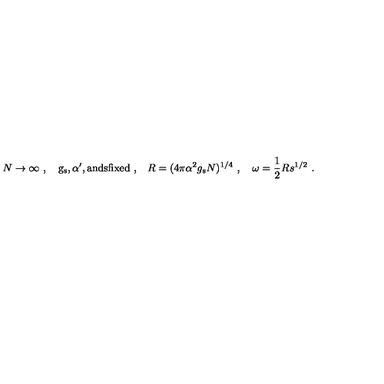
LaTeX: N \to \infty \ , \quad \mathrm { g _ \mathrm { s } , \alpha ' , a n d s f i x e d \ , } \quad R = ( 4 \pi \alpha ^ { 2 } g _ { \mathrm { s } } N ) ^ { 1 / 4 } \ , \quad \omega = \frac { 1 } { 2 } R s ^ { 1 / 2 } \ .